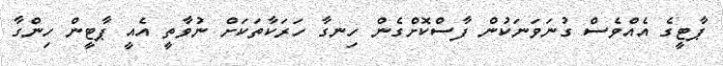
ޕާޓީގެ އެއްވެސް ގުނަވަނަކުން ފާސްކޮށްގެން ހިނގާ ހަރަކާތަކަށް ނުވާތީ އެއީ ޕާޓީން ހިންގާ